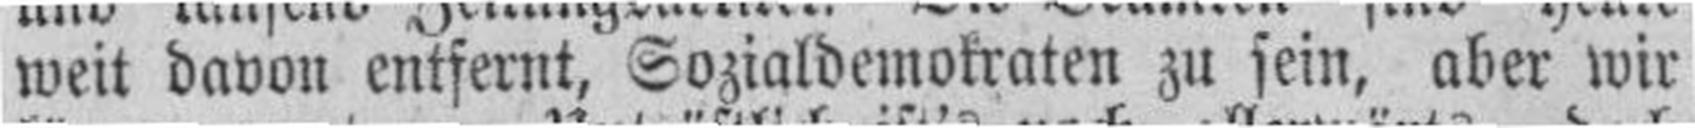
weit davon entfernt, Sozialdemokraten zu sein, aber wir